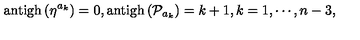
\mathrm { a n t i g h } \left( \eta ^ { a _ { k } } \right) = 0 , \mathrm { a n t i g h } \left( \mathcal { P } _ { a _ { k } } \right) = k + 1 , k = 1 , \cdots , n - 3 ,